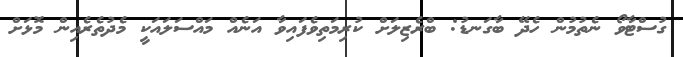
ގުސްޓާވޯ ނެތުމުން ހެދޭ ބާގަނޑު: ބްރެޒިލަށް ކުރިމަތިވެފައިވާ އަނެއް މައްސަލައަކީ މެދުތެރެއިން މޮޅަށް